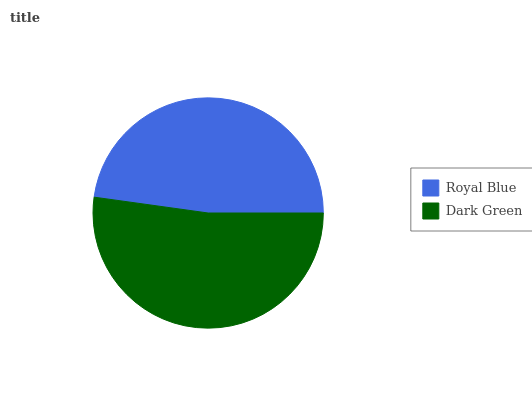
| Royal Blue | Dark Green |
 | --- | --- |
 | 47.8% | 52.2% |